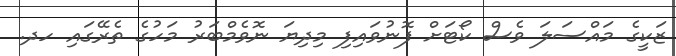
ޒަކީގެ މައްސަލަ ވެސް ކޯޓަށް ފޮނުވައިފި މިދިޔަ ނޮވެމްބަރު މަހުގެ ތެރޭގައި ހދ.